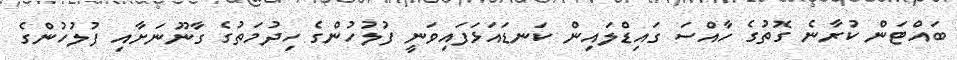
ބައްޓަން ކުރާނެ ގޮތުގެ ހާއްސަ ގައިޑްލަައިން ކަނޑައަޅަފައިވަނީ ފުލުހުންގެ ހިދުމަތުގެ ގާނޫނަށާއި ފުލުހުންގެ